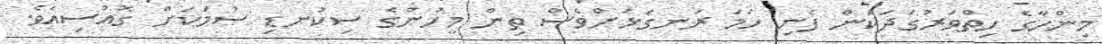
މިންހާގެ ހިތްވަރުގަދަކަން ފެނި ހަމަ ރަނގަޅަށްވެސް ތިން މީހުންގެ ސިކުނޑި ސުމަކަށް ގޮއްސިއެވެ.